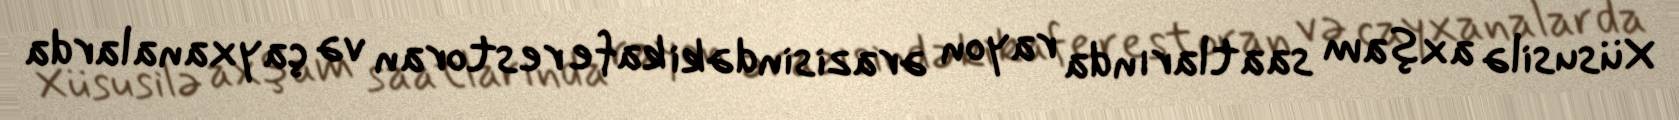
Xüsusilə axşam saatlarında rayon ərazisindəki kafe restoran və çayxanalarda